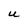
Character: U